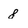
Character: 8